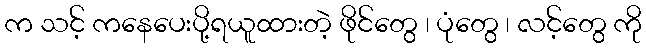
က သင့် ကနေပေးပို့ရယူထားတဲ့ ဖိုင်တွေ ၊ ပုံတွေ ၊ လင့်တွေ ကို